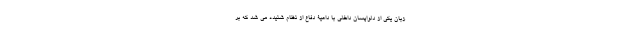
زبان یکی از دلواپسان داخلی با داعیۀ دفاع از نظام شنیده می شد که بر